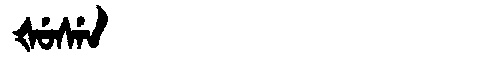
Manchu: ᡧᡠᠰᡝᠨ
Romanization: ŠUSEN